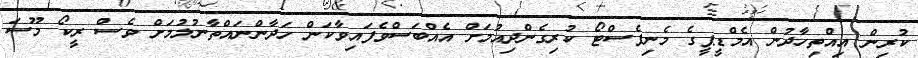
ކުރިން އިއްތިހާދުން އެމްޑީޕީގެ މެނިފެސްޓޯ ކުރިގެންދިއުމަށް އެއްބަސްވެފައިވާކަން ހަދާންނައްތާނުލުމަށް ވެސް ރީކޯ މޫސަ